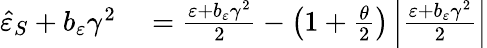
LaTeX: \begin{array}{rl}{\hat{\varepsilon}_{S}+b_{\varepsilon}\gamma^{2}}&{{}=\frac{\varepsilon+b_{\varepsilon}\gamma^{2}}{2}-\left(1+\frac{\theta}{2}\right)\left\vert\frac{\varepsilon+b_{\varepsilon}\gamma^{2}}{2}\right\vert}\end{array}